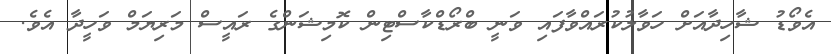
އެވޯޑު ޝާހިދާއަށް ހަވާލުކުރައްވާފައި ވަނީ ބްރޯޑްކާސްޓިން ކޮމިޝަންގެ ރައީސް މަރިޔަމް ވަހީދާ އެވެ.